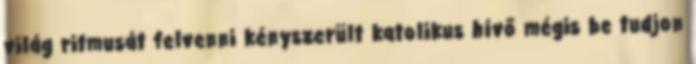
világ ritmusát felvenni kényszerült katolikus hívő mégis be tudjon